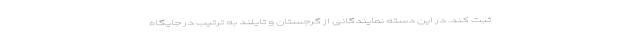
ثبت کند. در این دسته نمایندگانی از گرجستان و تایلند به ترتیب در جایگاه